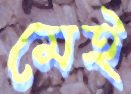
মেই